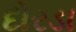
દોરડા